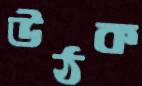
উঠক